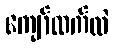
ကျော်ထက်လဲ